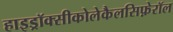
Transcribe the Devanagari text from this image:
हाइड्रॉक्सीकोलेकैलसिफ़ेरॉल